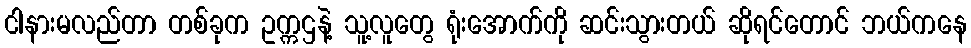
ငါနားမလည်တာ တစ်ခုက ဥက္ကဌနဲ့ သူ့လူတွေ ရုံးအောက်ကို ဆင်းသွားတယ် ဆိုရင်တောင် ဘယ်ကနေ